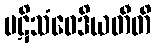
ပဋိသံဝေဒိယတီတိ